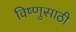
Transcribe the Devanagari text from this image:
विष्णुसाठी